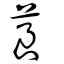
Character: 莨